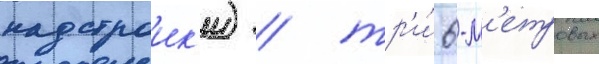
надстроик'и) / тр'и́ 6-м'етровых